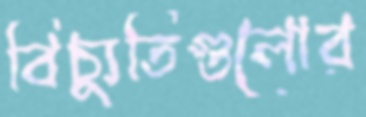
বিচ্যুতিগুলোর